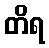
တိရ